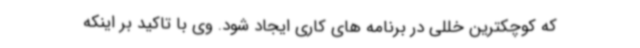
که کوچکترین خللی در برنامه های کاری ایجاد شود. وی با تاکید بر اینکه